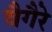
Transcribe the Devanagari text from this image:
वैगैरे